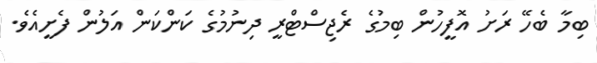
ބިމާ ބެހޭ ރަށު އޮފީހުން ބިމުގެ ރެޖިސްޓްރީ ދިނުމުގެ ކަންކަން އަލުން ފެށީއެވެ.